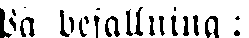
På befallning: